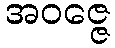
အဝဇ္ဇေ